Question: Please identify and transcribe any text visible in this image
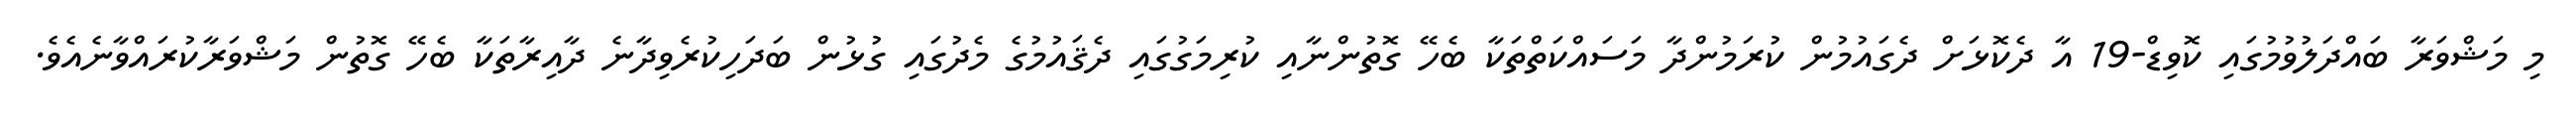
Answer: މި މަޝްވަރާ ބައްދަލުވުމުގައި ކޮވިޑް-19 އާ ދެކޮޅަށް ދެގައުމުން ކުރަމުންދާ މަސައްކަތްތަކާ ބެހޭ ގޮތުންނާއި ކުރިމަގުގައި ދެޤައުމުގެ މެދުގައި ގުޅުން ބަދަހިކުރެވިދާނެ ދާއިރާތަކާ ބެހޭ ގޮތުން މަޝްވަރާކުރައްވާނެއެވެ.